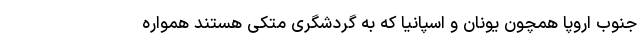
جنوب اروپا همچون یونان و اسپانیا که به گردشگری متکی هستند همواره